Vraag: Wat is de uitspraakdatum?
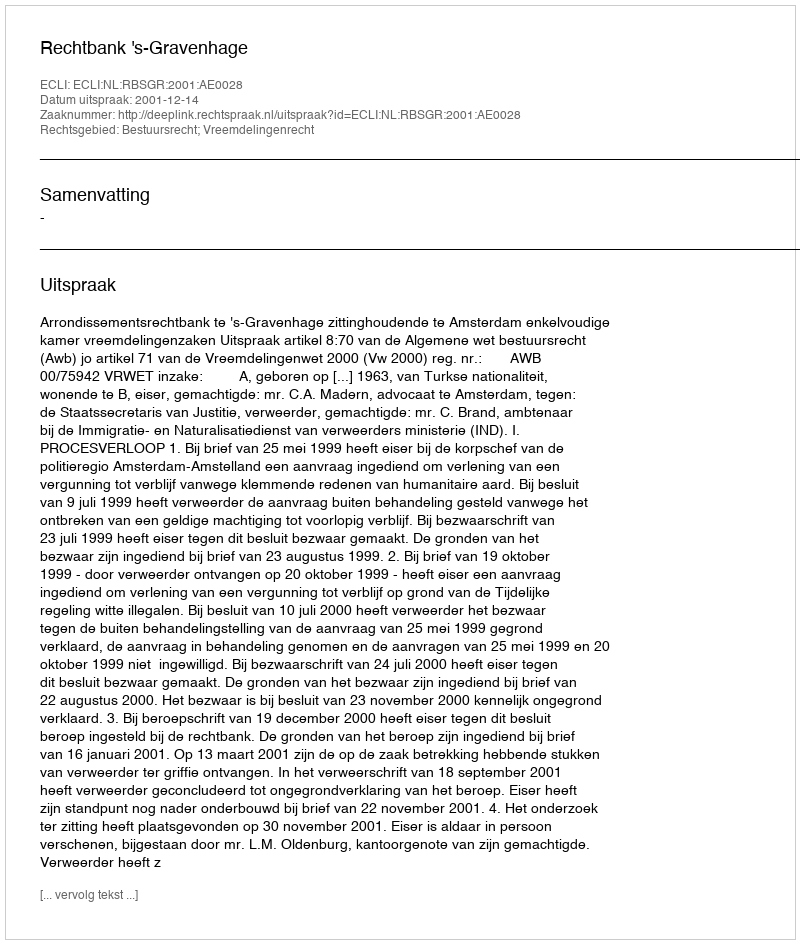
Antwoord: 2001-12-14